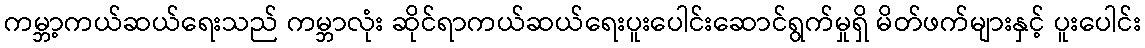
ကမ္ဘာ့ကယ်ဆယ်ရေးသည် ကမ္ဘာလုံး ဆိုင်ရာကယ်ဆယ်ရေးပူးပေါင်းဆောင်ရွက်မှုရှိ မိတ်ဖက်များနှင့် ပူးပေါင်း